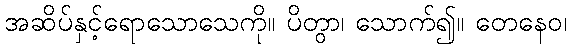
အဆိပ်နှင့်ရောသောသေကို။ ပိတွာ၊ သောက်၍။ တေနေဝ၊